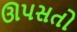
ઊપસતો